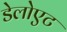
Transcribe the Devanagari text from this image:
डेलोएट